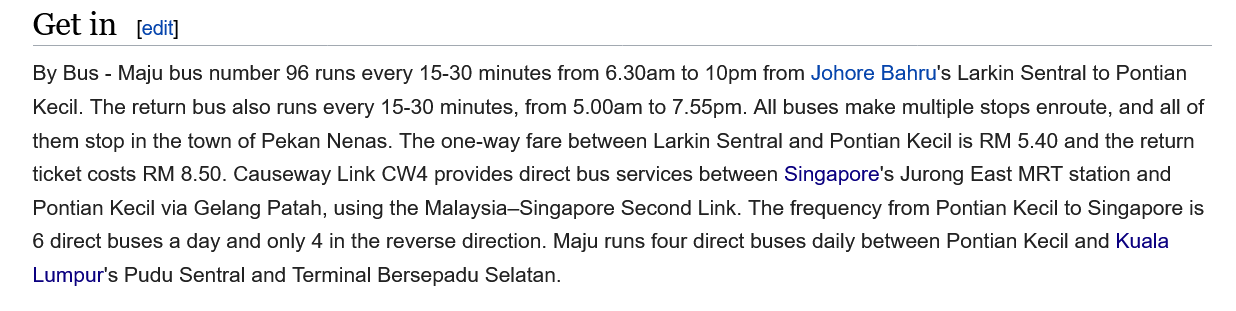
Get  in
    By Bus
     - Maju bus number 96 runs every 15-30 minutes from 6.30am to 10pm from Johore Bahru's Larkin Sentral to Pontian
    Kecil. The return bus also runs every 15-30 minutes, from 5.00am to 7.55pm. All buses make multiple stops enroute, and all of
   them stop in the town of Pekan Nenas. The one-way fare between Larkin Sentral and Pontian Kecil is RM 5.40 and the return
   ticket costs RM 8.50. Causeway Link CW4 provides direct bus services between Singapore's Jurong East MRT station and
    Pontian Kecil via Gelang Patah, using the Malaysia—Singapore Second Link. The frequency from Pontian Kecil to Singapore is
   6 direct buses a day and only
  4
     in the reverse direction. Maju runs four direct buses daily between Pontian Kecil and Kuala
    Lumpur's Pudu Sentral and Terminal Bersepadu Selatan.